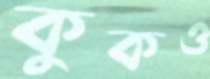
কুকও